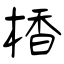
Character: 楿